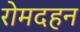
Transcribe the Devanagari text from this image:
रोमदहन